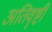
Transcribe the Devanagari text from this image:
अतिवॄष्टी